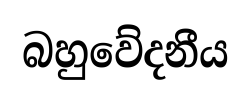
බහුවේදනීය